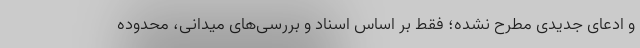
و ادعای جدیدی مطرح نشده؛ فقط بر اساس اسناد و بررسی‌های میدانی، محدوده